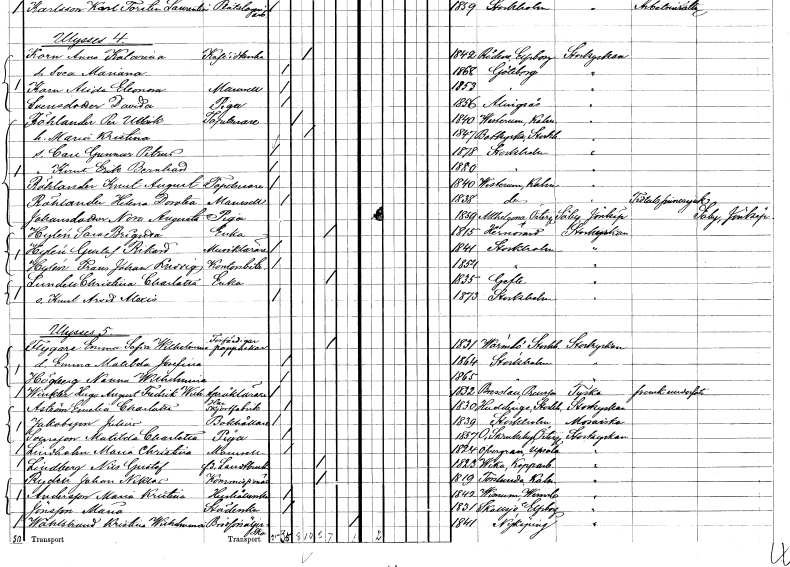
gt_parse: households: individuals: FN: Knut Erik Bernhard
KON: M
CIV: O
FODAR: 1880
FODFORS: Stockholm
FN: Knut August
EN: Röhlander
YRKE: Tapetserare
KON: M
CIV: O
FODAR: 1840
FODFORS: Västrum Kalmar län
FN: Helena Dorotea
EN: Röhlander
KON: K
CIV: O
FODAR: 1838
FODFORS: Västrum Kalmar län
FN: Nora Augusta
EN: Johansdotter
YRKE: Piga
KON: K
CIV: O
FODAR: 1859
FODFORS: Allhelgona Östergötlands län
FN: Sara Brigitta
EN: Hylén
YRKE: Änka
KON: K
CIV: E
FODAR: 1815
FODFORS: Härnösand Västernorrlands län
FN: Gustaf Rikard
EN: Hylén
YRKE: Musiklärare
KON: M
CIV: O
FODAR: 1841
FODFORS: Stockholm
FN: Frans Johan Ludvig
EN: Hylén
YRKE: Kontorsbiträde
KON: M
CIV: O
FODAR: 1854
FODFORS: Stockholm
FN: Christina Charlotta
EN: Lundell
KON: K
CIV: E
FODAR: 1835
FODFORS: Gävle Gävleborgs län
FN: Knut Arvid Alexis
KON: M
CIV: O
FODAR: 1873
FODFORS: Stockholm
FN: Emma Sofia Wilhelmina
EN: Flygare
YRKE: Förfärdigar pappaskar
KON: K
CIV: E
FODAR: 1831
FODFORS: Värmdö Stockholms län
FN: Emma Matilda Josefina
KON: K
CIV: O
FODAR: 1864
FODFORS: Stockholm
FN: Nanna Wilhelmina
EN: Högberg
KON: K
CIV: O
FODAR: 1865
FODFORS: Stockholm
FN: Hugo August Fredrik Wilhelm
EN: Winkler
YRKE: Språklärare
KON: M
CIV: O
FODAR: 1832
FN: Emelia Charlotta
EN: Åström
YRKE: Har Skjortfabrik
KON: K
CIV: O
FODAR: 1830
FODFORS: Huddinge Stockholms län
FN: Julius
EN: Jakobsson
YRKE: Bokhållare
KON: M
CIV: O
FODAR: 1839
FODFORS: Stockholm
FN: Matilda Charlotta
EN: Svansson
YRKE: Piga
KON: K
CIV: O
FODAR: 1857
FODFORS: Östra Skrukeby Östergötlands län
FN: Maria Christina
EN: Lindbohm
KON: K
CIV: O
FODAR: 1824
FODFORS: Övergran Uppsala län
FN: Nils Gustaf
EN: Lindberg
YRKE: Lantbrukare f.d.
KON: M
CIV: E
FODAR: 1823
FODFORS: Vika Kopparbergs län
FN: Johan Niklas
EN: Rydell
YRKE: Kommissionär
KON: M
CIV: E
FODAR: 1819
FODFORS: Torslunda Kalmar län
FN: Maria Kristina
EN: Andersson
YRKE: Hushållerska
KON: K
CIV: O
FODAR: 1842
FODFORS: Virserum Kalmar län
FN: Maria
EN: Jönsson
YRKE: Städerska
KON: K
CIV: O
FODAR: 1831
FODFORS: Skallsjö Älvsborgs län
FN: Kristina Wilhelmina
EN: Wåhlstrand
YRKE: Brödförsäljerska
KON: K
CIV: X
FODAR: 1841
FODFORS: Nyköping Södermanlands län